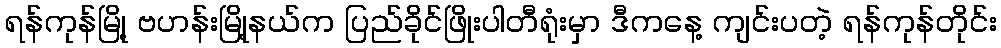
ရန်ကုန်မြို့ ဗဟန်းမြို့နယ်က ပြည်ခိုင်ဖြိုးပါတီရုံးမှာ ဒီကနေ့ ကျင်းပတဲ့ ရန်ကုန်တိုင်း